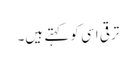
ترقی اسی کو کہتے ہیں۔